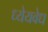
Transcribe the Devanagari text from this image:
ध्येयवेध